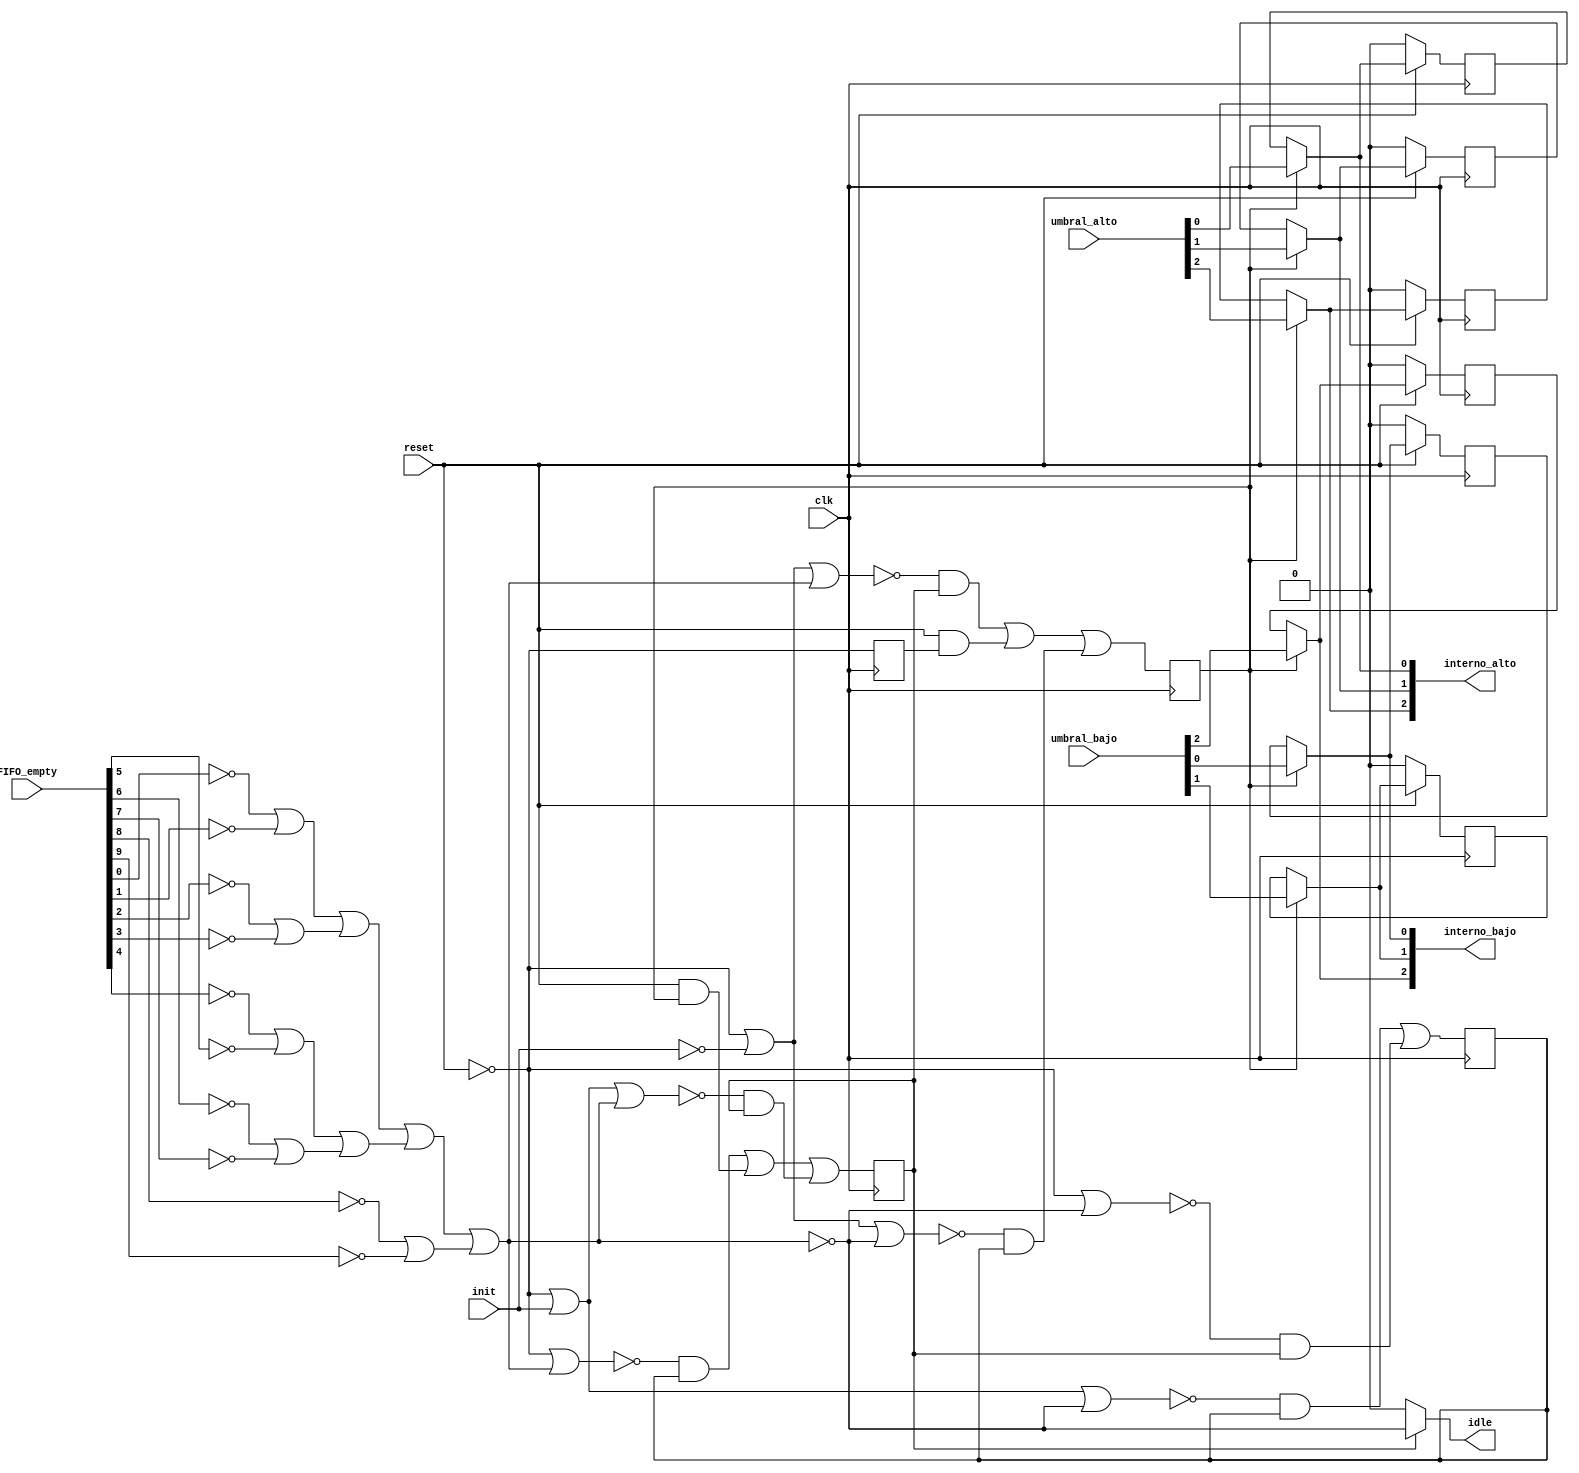
/* Generated by Yosys 0.9 (git sha1 1979e0b) */

(* top =  1  *)
(* src = "FSM_synth.v:5" *)
module FSM_synth(reset, clk, init, umbral_alto, umbral_bajo, FIFO_empty, idle, interno_alto, interno_bajo);
  (* src = "FSM_synth.v:24" *)
  wire [2:0] _000_;
  (* src = "FSM_synth.v:24" *)
  wire [2:0] _001_;
  (* src = "FSM_synth.v:41" *)
  wire _002_;
  wire _003_;
  wire _004_;
  wire _005_;
  wire _006_;
  wire _007_;
  wire _008_;
  wire _009_;
  wire _010_;
  wire [3:0] _011_;
  wire _012_;
  wire _013_;
  wire _014_;
  wire _015_;
  wire _016_;
  wire _017_;
  wire _018_;
  wire [4:0] _019_;
  wire [1:0] _020_;
  wire _021_;
  wire _022_;
  wire _023_;
  wire _024_;
  wire [1:0] _025_;
  wire [9:0] _026_;
  wire [2:0] _027_;
  wire _028_;
  wire _029_;
  wire _030_;
  wire _031_;
  wire _032_;
  wire _033_;
  wire _034_;
  (* src = "FSM_synth.v:10" *)
  input [9:0] FIFO_empty;
  (* src = "FSM_synth.v:6" *)
  input clk;
  (* onehot = 32'd1 *)
  reg [3:0] estado;
  (* src = "FSM_synth.v:11" *)
  output idle;
  (* src = "FSM_synth.v:7" *)
  input init;
  (* src = "FSM_synth.v:12" *)
  output [2:0] interno_alto;
  (* src = "FSM_synth.v:21" *)
  reg [2:0] interno_alto_d;
  (* src = "FSM_synth.v:13" *)
  output [2:0] interno_bajo;
  (* src = "FSM_synth.v:22" *)
  reg [2:0] interno_bajo_d;
  (* src = "FSM_synth.v:5" *)
  input reset;
  (* src = "FSM_synth.v:8" *)
  input [2:0] umbral_alto;
  (* src = "FSM_synth.v:9" *)
  input [2:0] umbral_bajo;
  assign _028_ = _025_[0] | _025_[1];
  assign _011_[3] = _003_ | _004_;
  assign _029_ = _025_[0] | _002_;
  assign _018_ = _025_[0] | init;
  assign _030_ = _018_ | _002_;
  assign _019_[0] = _026_[0] |(* src = "FSM_synth.v:81" *)  _026_[1];
  assign _019_[1] = _026_[2] |(* src = "FSM_synth.v:81" *)  _026_[3];
  assign _019_[2] = _026_[4] |(* src = "FSM_synth.v:81" *)  _026_[5];
  assign _019_[3] = _026_[6] |(* src = "FSM_synth.v:81" *)  _026_[7];
  assign _019_[4] = _026_[8] |(* src = "FSM_synth.v:81" *)  _026_[9];
  assign _020_[0] = _019_[0] |(* src = "FSM_synth.v:81" *)  _019_[1];
  assign _020_[1] = _019_[2] |(* src = "FSM_synth.v:81" *)  _019_[3];
  assign _021_ = _020_[0] |(* src = "FSM_synth.v:81" *)  _020_[1];
  assign _031_ = _021_ |(* src = "FSM_synth.v:81" *)  _019_[4];
  assign _022_ = _009_ | _010_;
  assign _011_[2] = _022_ | _008_;
  assign _032_ = _023_ | _025_[1];
  assign _023_ = _025_[0] | _027_[1];
  assign _033_ = _023_ | _002_;
  assign _024_ = _006_ | _007_;
  assign _011_[1] = _024_ | _005_;
  assign _034_ = _018_ | _025_[1];
  assign _014_ = ~_028_;
  assign _012_ = ~_029_;
  assign _017_ = ~_030_;
  assign _002_ = ~(* src = "FSM_synth.v:81" *) _031_;
  assign _016_ = ~_032_;
  assign _015_ = ~_033_;
  assign _013_ = ~_034_;
  assign idle = estado[1] ? (* src = "FSM_synth.v:66|FSM.v:52" *) _002_ : 1'h0;
  assign interno_bajo[0] = estado[2] ? (* src = "FSM_synth.v:58|FSM.v:52" *) umbral_bajo[0] : interno_bajo_d[0];
  assign interno_bajo[1] = estado[2] ? (* src = "FSM_synth.v:58|FSM.v:52" *) umbral_bajo[1] : interno_bajo_d[1];
  assign interno_bajo[2] = estado[2] ? (* src = "FSM_synth.v:58|FSM.v:52" *) umbral_bajo[2] : interno_bajo_d[2];
  assign interno_alto[0] = estado[2] ? (* src = "FSM_synth.v:58|FSM.v:52" *) umbral_alto[0] : interno_alto_d[0];
  assign interno_alto[1] = estado[2] ? (* src = "FSM_synth.v:58|FSM.v:52" *) umbral_alto[1] : interno_alto_d[1];
  assign interno_alto[2] = estado[2] ? (* src = "FSM_synth.v:58|FSM.v:52" *) umbral_alto[2] : interno_alto_d[2];
  assign _001_[0] = reset ? (* src = "FSM_synth.v:26" *) interno_bajo[0] : 1'h0;
  assign _001_[1] = reset ? (* src = "FSM_synth.v:26" *) interno_bajo[1] : 1'h0;
  assign _001_[2] = reset ? (* src = "FSM_synth.v:26" *) interno_bajo[2] : 1'h0;
  assign _000_[0] = reset ? (* src = "FSM_synth.v:26" *) interno_alto[0] : 1'h0;
  assign _000_[1] = reset ? (* src = "FSM_synth.v:26" *) interno_alto[1] : 1'h0;
  assign _000_[2] = reset ? (* src = "FSM_synth.v:26" *) interno_alto[2] : 1'h0;
  assign _011_[0] = ~reset;
  always @(posedge clk)
      estado[0] <= _011_[0];
  always @(posedge clk)
      estado[1] <= _011_[1];
  always @(posedge clk)
      estado[2] <= _011_[2];
  always @(posedge clk)
      estado[3] <= _011_[3];
  (* src = "FSM_synth.v:24" *)
  always @(posedge clk)
      interno_alto_d[0] <= _000_[0];
  (* src = "FSM_synth.v:24" *)
  always @(posedge clk)
      interno_alto_d[1] <= _000_[1];
  (* src = "FSM_synth.v:24" *)
  always @(posedge clk)
      interno_alto_d[2] <= _000_[2];
  (* src = "FSM_synth.v:24" *)
  always @(posedge clk)
      interno_bajo_d[0] <= _001_[0];
  (* src = "FSM_synth.v:24" *)
  always @(posedge clk)
      interno_bajo_d[1] <= _001_[1];
  (* src = "FSM_synth.v:24" *)
  always @(posedge clk)
      interno_bajo_d[2] <= _001_[2];
  assign _004_ = _012_ & estado[1];
  assign _003_ = _017_ & estado[3];
  assign _005_ = _013_ & estado[1];
  assign _026_[0] = FIFO_empty[0] ^(* src = "FSM_synth.v:81" *)  1'h1;
  assign _026_[1] = FIFO_empty[1] ^(* src = "FSM_synth.v:81" *)  1'h1;
  assign _026_[2] = FIFO_empty[2] ^(* src = "FSM_synth.v:81" *)  1'h1;
  assign _026_[3] = FIFO_empty[3] ^(* src = "FSM_synth.v:81" *)  1'h1;
  assign _026_[4] = FIFO_empty[4] ^(* src = "FSM_synth.v:81" *)  1'h1;
  assign _026_[5] = FIFO_empty[5] ^(* src = "FSM_synth.v:81" *)  1'h1;
  assign _026_[6] = FIFO_empty[6] ^(* src = "FSM_synth.v:81" *)  1'h1;
  assign _026_[7] = FIFO_empty[7] ^(* src = "FSM_synth.v:81" *)  1'h1;
  assign _026_[8] = FIFO_empty[8] ^(* src = "FSM_synth.v:81" *)  1'h1;
  assign _026_[9] = FIFO_empty[9] ^(* src = "FSM_synth.v:81" *)  1'h1;
  assign _010_ = reset & estado[0];
  assign _009_ = _016_ & estado[1];
  assign _027_[1] = init ^ 1'h1;
  assign _008_ = _015_ & estado[3];
  assign _007_ = reset & estado[2];
  assign _025_[0] = reset ^ 1'h1;
  assign _025_[1] = _002_ ^ 1'h1;
  assign _006_ = _014_ & estado[3];
  assign { _027_[2], _027_[0] } = _025_;
endmodule